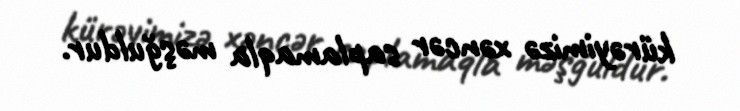
kürəyimizə xəncər saplamaqla məşğuldur.